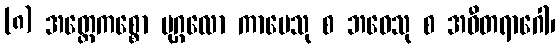
(၈) အတ္ထေကစ္စော ပုဂ္ဂလော ကာမေသု စ ဘဝေသု စ အဝီတရာဂေါ၊